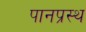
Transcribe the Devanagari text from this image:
पानप्रस्थ